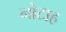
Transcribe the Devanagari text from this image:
नोटाह